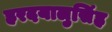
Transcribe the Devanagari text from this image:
हरदयालुसिंह